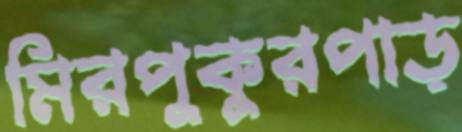
মিরপুকুরপাড়